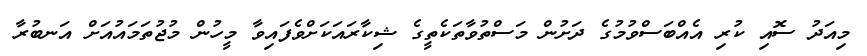
މިއަދު ސޮއި ކުރި އެއްބަސްވުމުގެ ދަށުން މަސްތުވާތަކެތީގެ ޝިކާރައަކަށްވެފައިވާ މީހުން މުޖުތަމައުއަށް އަނބުރާ